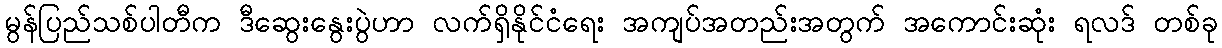
မွန်ပြည်သစ်ပါတီက ဒီဆွေးနွေးပွဲဟာ လက်ရှိနိုင်ငံရေး အကျပ်အတည်းအတွက် အကောင်းဆုံး ရလဒ် တစ်ခု